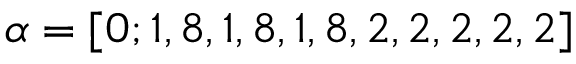
\alpha = [ 0 ; 1 , 8 , 1 , 8 , 1 , 8 , 2 , 2 , 2 , 2 , 2 ]